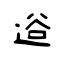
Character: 逧